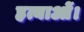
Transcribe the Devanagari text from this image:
हत्याओं।